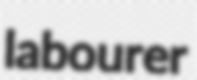
labourer